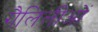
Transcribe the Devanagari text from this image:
गैलिलीओं